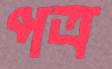
পত্র